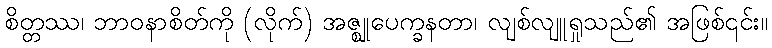
စိတ္တဿ၊ ဘာဝနာစိတ်ကို (လိုက်) အဇ္ဈုပေက္ခနတာ၊ လျစ်လျူရှုသည်၏ အဖြစ်၎င်း။